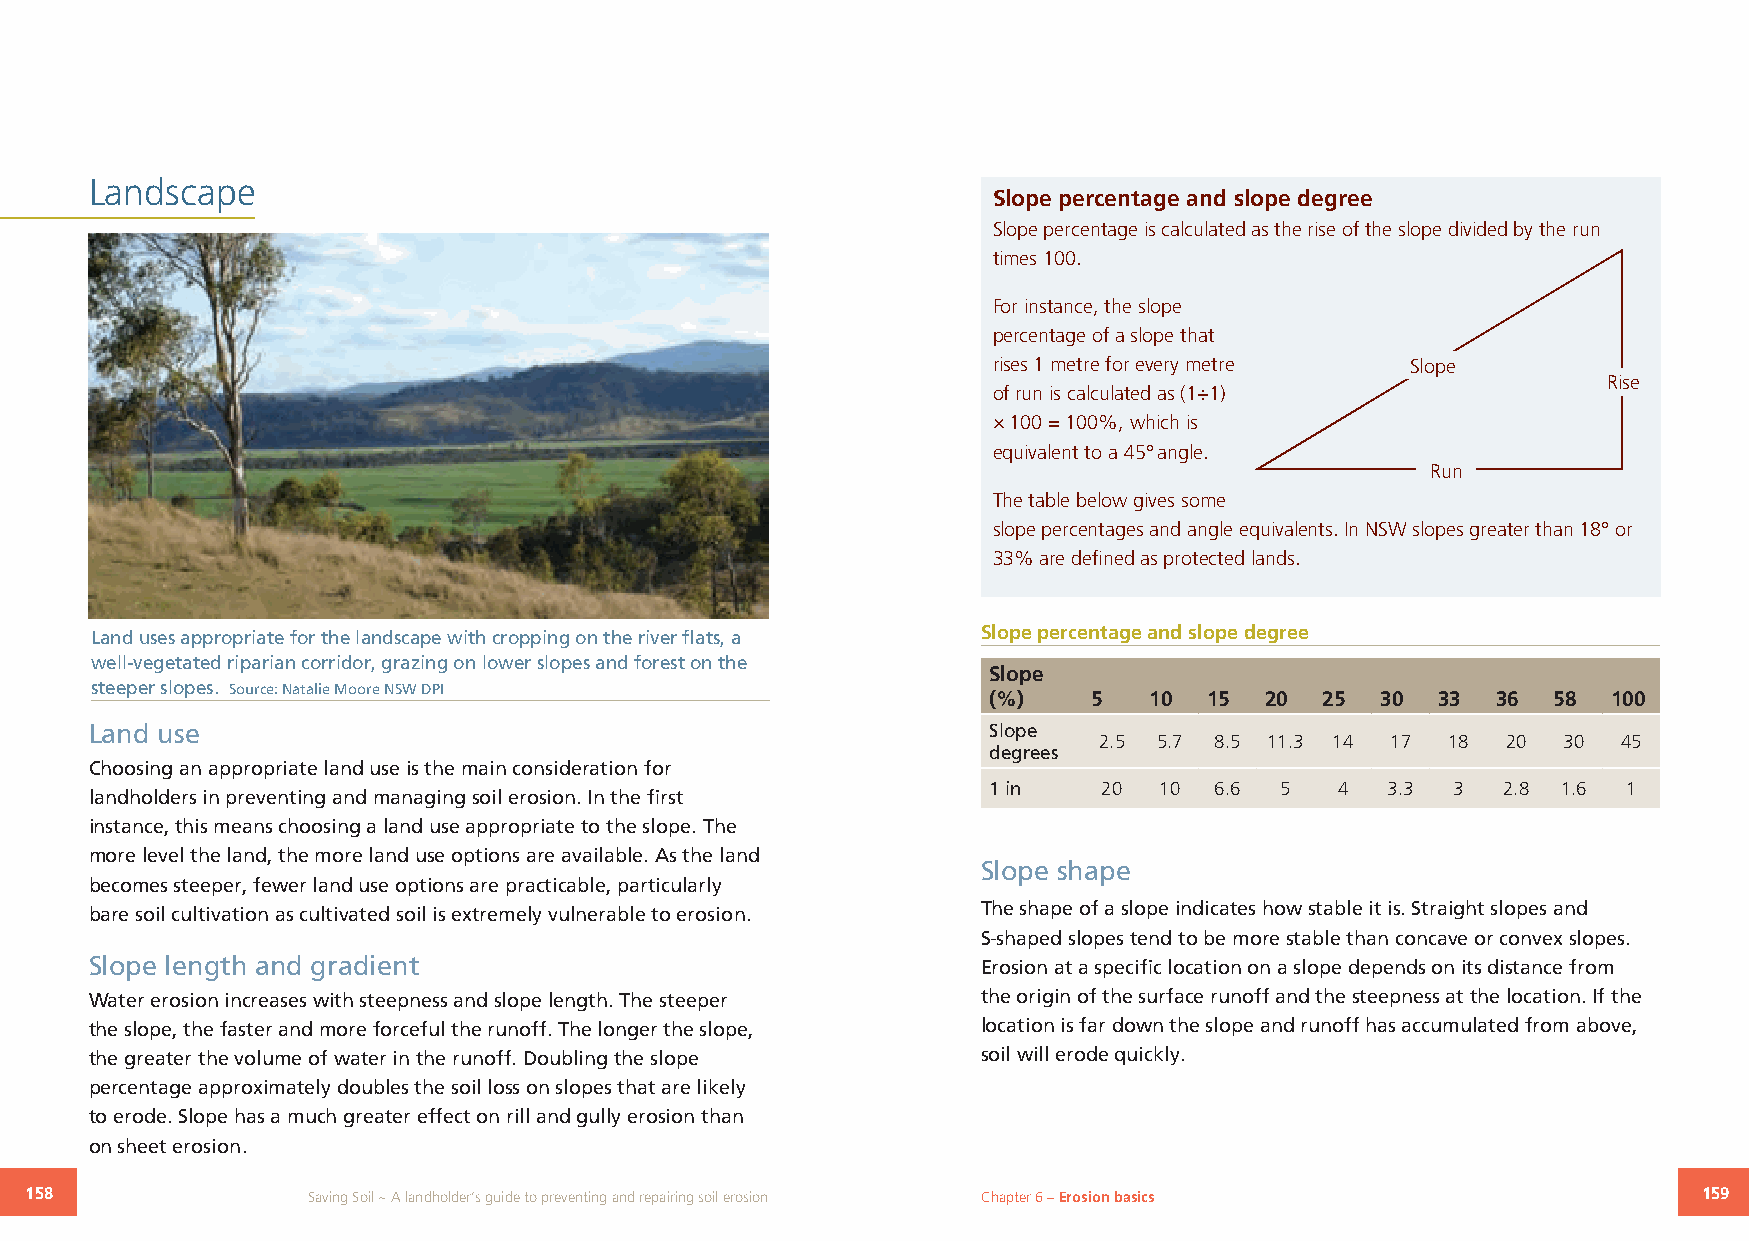
Landscape
 Slope percentage and slope degree
 Slope percentage is calculated as the rise of the slope divided by the run
 times 100.
 For instance, the slope
 percentage of a slope that
 rises 1 metre for every metre Slope
 Rise
 of run is calculated as (1÷1)
 × 100 = 100%, which is
 equivalent to a 45° angle.
 Run
 The table below gives some
 slope percentages and angle equivalents. In NSW slopes greater than 18° or
 33% are defined as protected lands.
 Land uses appropriate for the landscape with cropping on the river flats, a Slope percentage and slope degree
 well-vegetated riparian corridor, grazing on lower slopes and forest on the
 Slope
 steeper slopes. Source: Natalie Moore NSW DPI
 (%)    5   10  15  20  25 30  33  36  58  100
 Land use                                                   Slope
 2.5 5.7 8.5 11.3 14 17 18  20 30  45
 degrees
 Choosing an appropriate land use is the main consideration for
 1 in    20  10 6.6  5   4  3.3 3  2.8 1.6  1
 landholders in preventing and managing soil erosion. In the first
 instance, this means choosing a land use appropriate to the slope. The
 more level the land, the more land use options are available. As the land
 Slope shape
 becomes steeper, fewer land use options are practicable, particularly
 bare soil cultivation as cultivated soil is extremely vulnerable to erosion. The shape of a slope indicates how stable it is. Straight slopes and
 S-shaped slopes tend to be more stable than concave or convex slopes.
 Slope length and gradient                                  Erosion at a specific location on a slope depends on its distance from
 Water erosion increases with steepness and slope length. The steeper the origin of the surface runoff and the steepness at the location. If the
 the slope, the faster and more forceful the runoff. The longer the slope, location is far down the slope and runoff has accumulated from above,
 the greater the volume of water in the runoff. Doubling the slope soil will erode quickly.
 percentage approximately doubles the soil loss on slopes that are likely
 to erode. Slope has a much greater effect on rill and gully erosion than
 on sheet erosion.
 158               Saving Soil ~ A landholder’s guide to preventing and repairing soil erosion Chapter 6 – Erosion basics 159